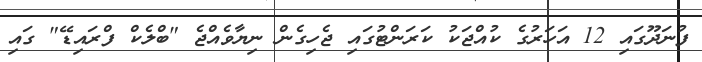
ފުނަދޫގައި 12 އަހަރުގެ ކުއްޖަކު ކަރަންޓުގައި ޖެހިގެން ނިޔާވެއްޖެ "ބްލެކް ފްރައިޑޭ" ގައި